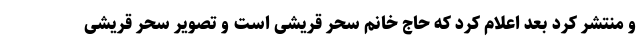
و منتشر کرد بعد اعلام کرد که حاج خانم سحر قریشی است و تصویر سحر قریشی